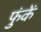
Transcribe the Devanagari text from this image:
फुंकें